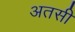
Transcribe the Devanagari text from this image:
अतसी